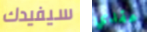
سيفيدك عقدي